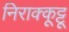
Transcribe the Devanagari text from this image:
निराक्कूट्टू